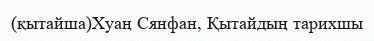
(қытайша)Хуаң Сянфан, Қытайдың тарихшы